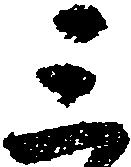
三